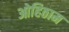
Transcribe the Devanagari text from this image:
ओहिठाम